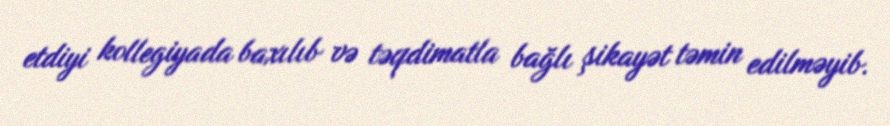
etdiyi kollegiyada baxılıb və təqdimatla bağlı şikayət təmin edilməyib.